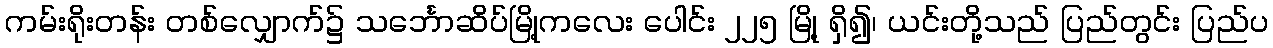
ကမ်းရိုးတန်း တစ်လျှောက်၌ သင်္ဘောဆိပ်မြို့ကလေး ပေါင်း ၂၂၅ မြို့ ရှိ၍၊ ယင်းတို့သည် ပြည်တွင်း ပြည်ပ